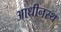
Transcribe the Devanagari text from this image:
आधीनस्थ